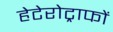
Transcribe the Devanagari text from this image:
हेटेरोट्राफों